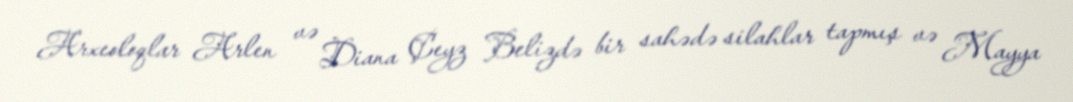
Arxeoloqlar Arlen və Diana Çeyz Belizdə bir sahədə silahlar tapmış və Mayya